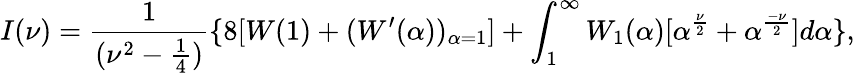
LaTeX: I(\nu)=\frac{1}{(\nu^{2}-\frac{1}{4})}\{ 8[W(1)+(W^{\prime}(\alpha))_{\alpha=1}]+\int_{1}^{\infty}W_{1}(\alpha)[\alpha^{\frac{\nu}{2}}+\alpha^{\frac{-\nu}{2}}]d\alpha\} ,